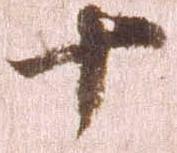
十